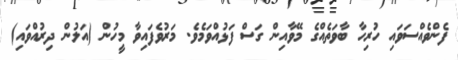
ފެންވެއްސަވައި ހުރިހާ ބާވަތެއްގެ މޭވާއިން ގަސް ފަޅުއްވަމެވެ. މަރުވެފައިވާ މީހުން (އަލުން ދިރުއްވައި)